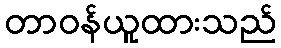
တာဝန်ယူထားသည်